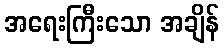
အရေးကြီးသော အချိန်